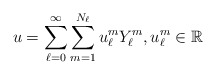
\begin{align*}u=\sum_{\ell=0}^{\infty}\sum_{m=1}^{N_{\ell}}u^m_{\ell}Y^m_{\ell},u^m_{\ell}\in\mathbb{R}\end{align*}